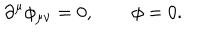
\partial ^ { \mu } \phi _ { \mu \nu } = 0 , \qquad \phi = 0 .